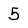
Character: 5